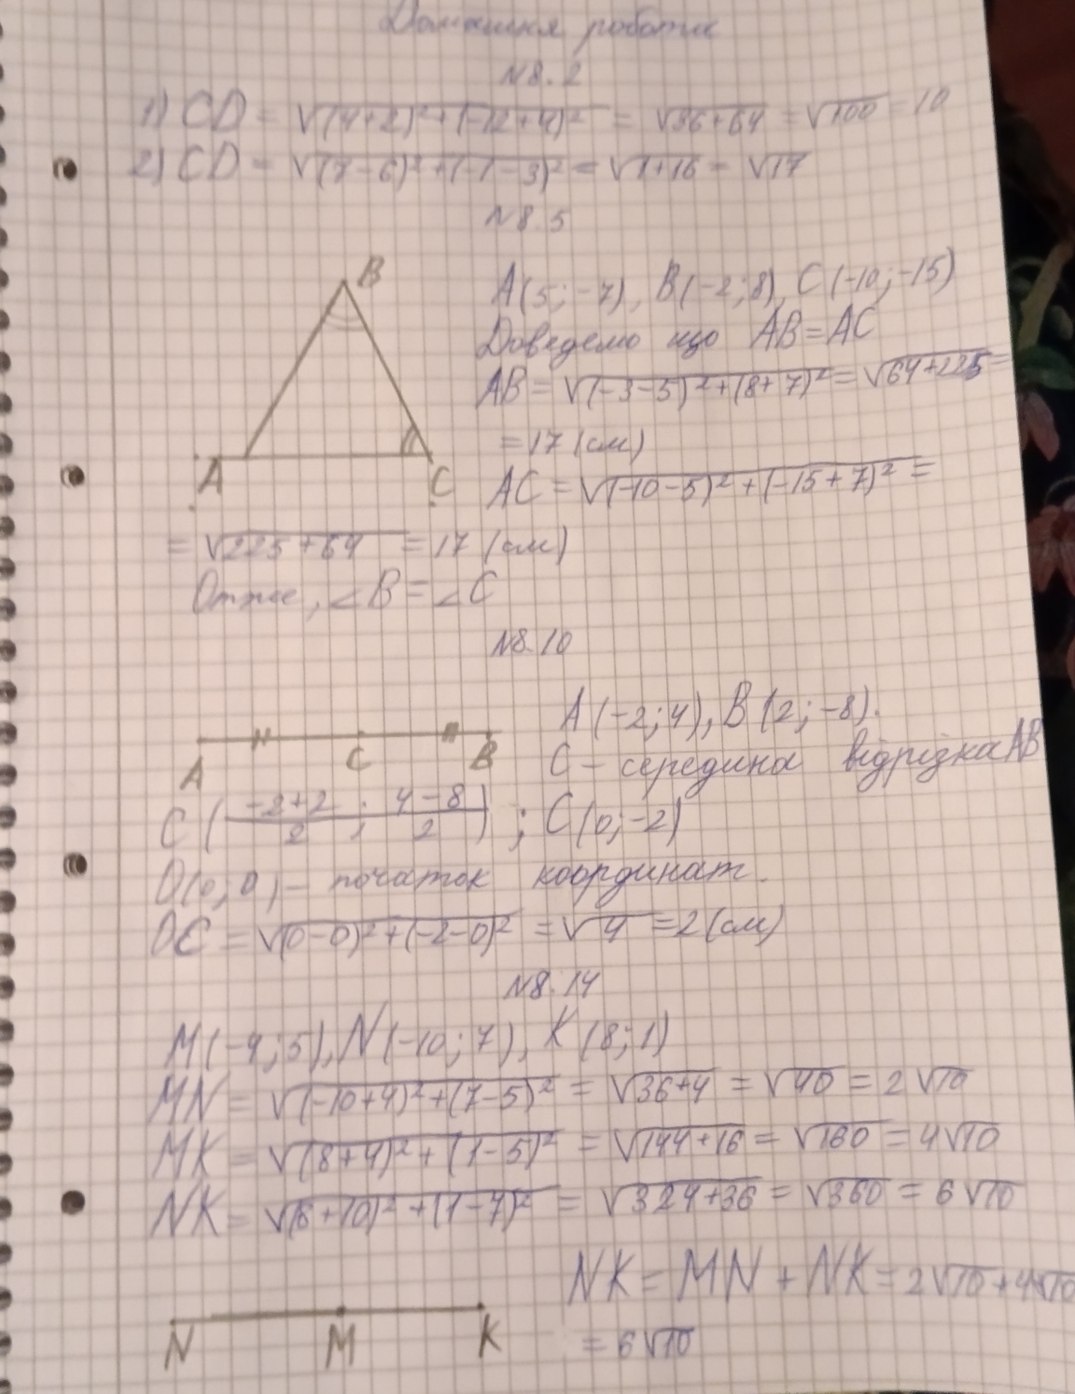
Домашняя работа
№ 8. 2
1) CD = \sqrt{(4+2)^2 + (-12+4)^2} = \sqrt{36+64} = \sqrt{100} = 10
2) CD = \sqrt{(7-6)^2 + (-1-3)^2} = \sqrt{1+16} = \sqrt{17}
№ 8.5
A(5;-7), B(-2;8), C(-10;-15)
Доведемо що AB=AC
AB = \sqrt{(-3-5)^2 + (8+7)^2} = \sqrt{64 + 225}=
= 17 (см)
AC = \sqrt{(-10-5)^2 + (-15+7)^2}=
= \sqrt{225 + 64} = 17 (cm)
Отже, ∠В = ∠С
№ 8.10
A(-2; 4), B(2; -8).
C - середина відрізка AB
С ( -2 + 2 / 2 ; 4 - 8 / 2 ) ; C (0 ; -2)
O(0; 0) - початок координат.
OC = \sqrt{(0-0)^2 + (-2-0)^2} = \sqrt{4} = 2 (см)
№ 8. 14
M(-9; 5), N(-10; 7), K(8; 1)
MN = \sqrt{(-10+4)^2 + (7-5)^2} = \sqrt{36+4} = \sqrt{40} = 2 \sqrt{10}
MK = \sqrt{(8+4)^2 + (1-5)^2} = \sqrt{144 + 16} = \sqrt{160} = 4\sqrt{10}
NK = \sqrt{(8 + 10)^2 + (1 - 7)^2} = \sqrt{324 + 36} = \sqrt{360} = 6\sqrt{10}
NK = MN + NK = 2√10 + 4 √10
= 6√10